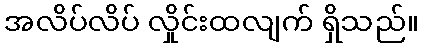
အလိပ်လိပ် လှိုင်းထလျက် ရှိသည်။